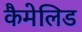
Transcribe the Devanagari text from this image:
कैमेलिड